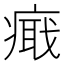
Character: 𤹚